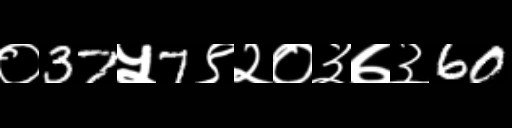
Text: ०37५7९२०३७३60